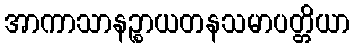
အာကာသာနဉ္စာယတနသမာပတ္တိယာ